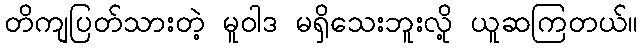
တိကျပြတ်သားတဲ့ မူဝါဒ မရှိသေးဘူးလို့ ယူဆကြတယ်။